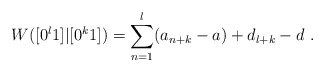
\begin{align*}W([0^l1]|[0^k1]) = \sum_{n=1}^l (a_{n+k} - a) + d_{l+k} - d \ .\end{align*}